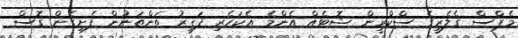
މެޕްސް ގެލެރީގެ ސްކްރީން ޝޮޓެއް އެންމެ އެކަހެރި ފަޤީރު ތަންތަނުން ފެށިގެން ގޮސް